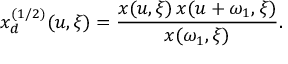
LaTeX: x _ { d } ^ { ( 1 / 2 ) } ( u , \xi ) = { \frac { x ( u , \xi ) \, x ( u + \omega _ { 1 } , \xi ) } { x ( \omega _ { 1 } , \xi ) } } .